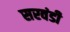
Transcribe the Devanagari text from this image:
सरवंडी